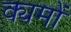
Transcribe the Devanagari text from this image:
क्यमों